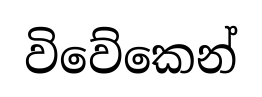
විවේකෙන්